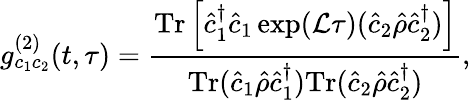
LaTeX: g_{c_{1}c_{2}}^{(2)}(t,\tau)=\frac{\mathrm{Tr}\left[\hat{c}_{1}^{\dagger}\hat{c}_{1}\exp(\mathcal{L}\tau)(\hat{c}_{2}\hat{\rho}\hat{c}_{2}^{\dagger})\right]}{\mathrm{Tr}(\hat{c}_{1}\hat{\rho}\hat{c}_{1}^{\dagger})\mathrm{Tr}(\hat{c}_{2}\hat{\rho}\hat{c}_{2}^{\dagger})},